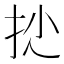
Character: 𢪍